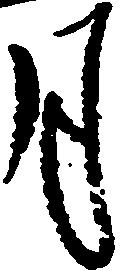
月